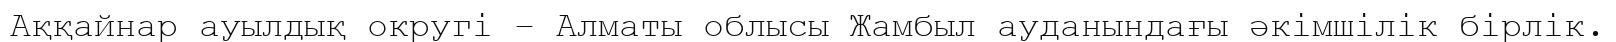
Аққайнар ауылдық округі – Алматы облысы Жамбыл ауданындағы әкімшілік бірлік.